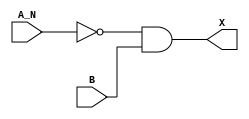
module sky130_fd_sc_lp__and2b_7 (
    X  ,
    A_N,
    B
);
    output X  ;
    input  A_N;
    input  B  ;
    wire not0_out  ;
    wire and0_out_X;
    not not0 (not0_out  , A_N            );
    and and0 (and0_out_X, not0_out, B    );
    buf buf0 (X         , and0_out_X     );
endmodule